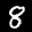
Label: 8